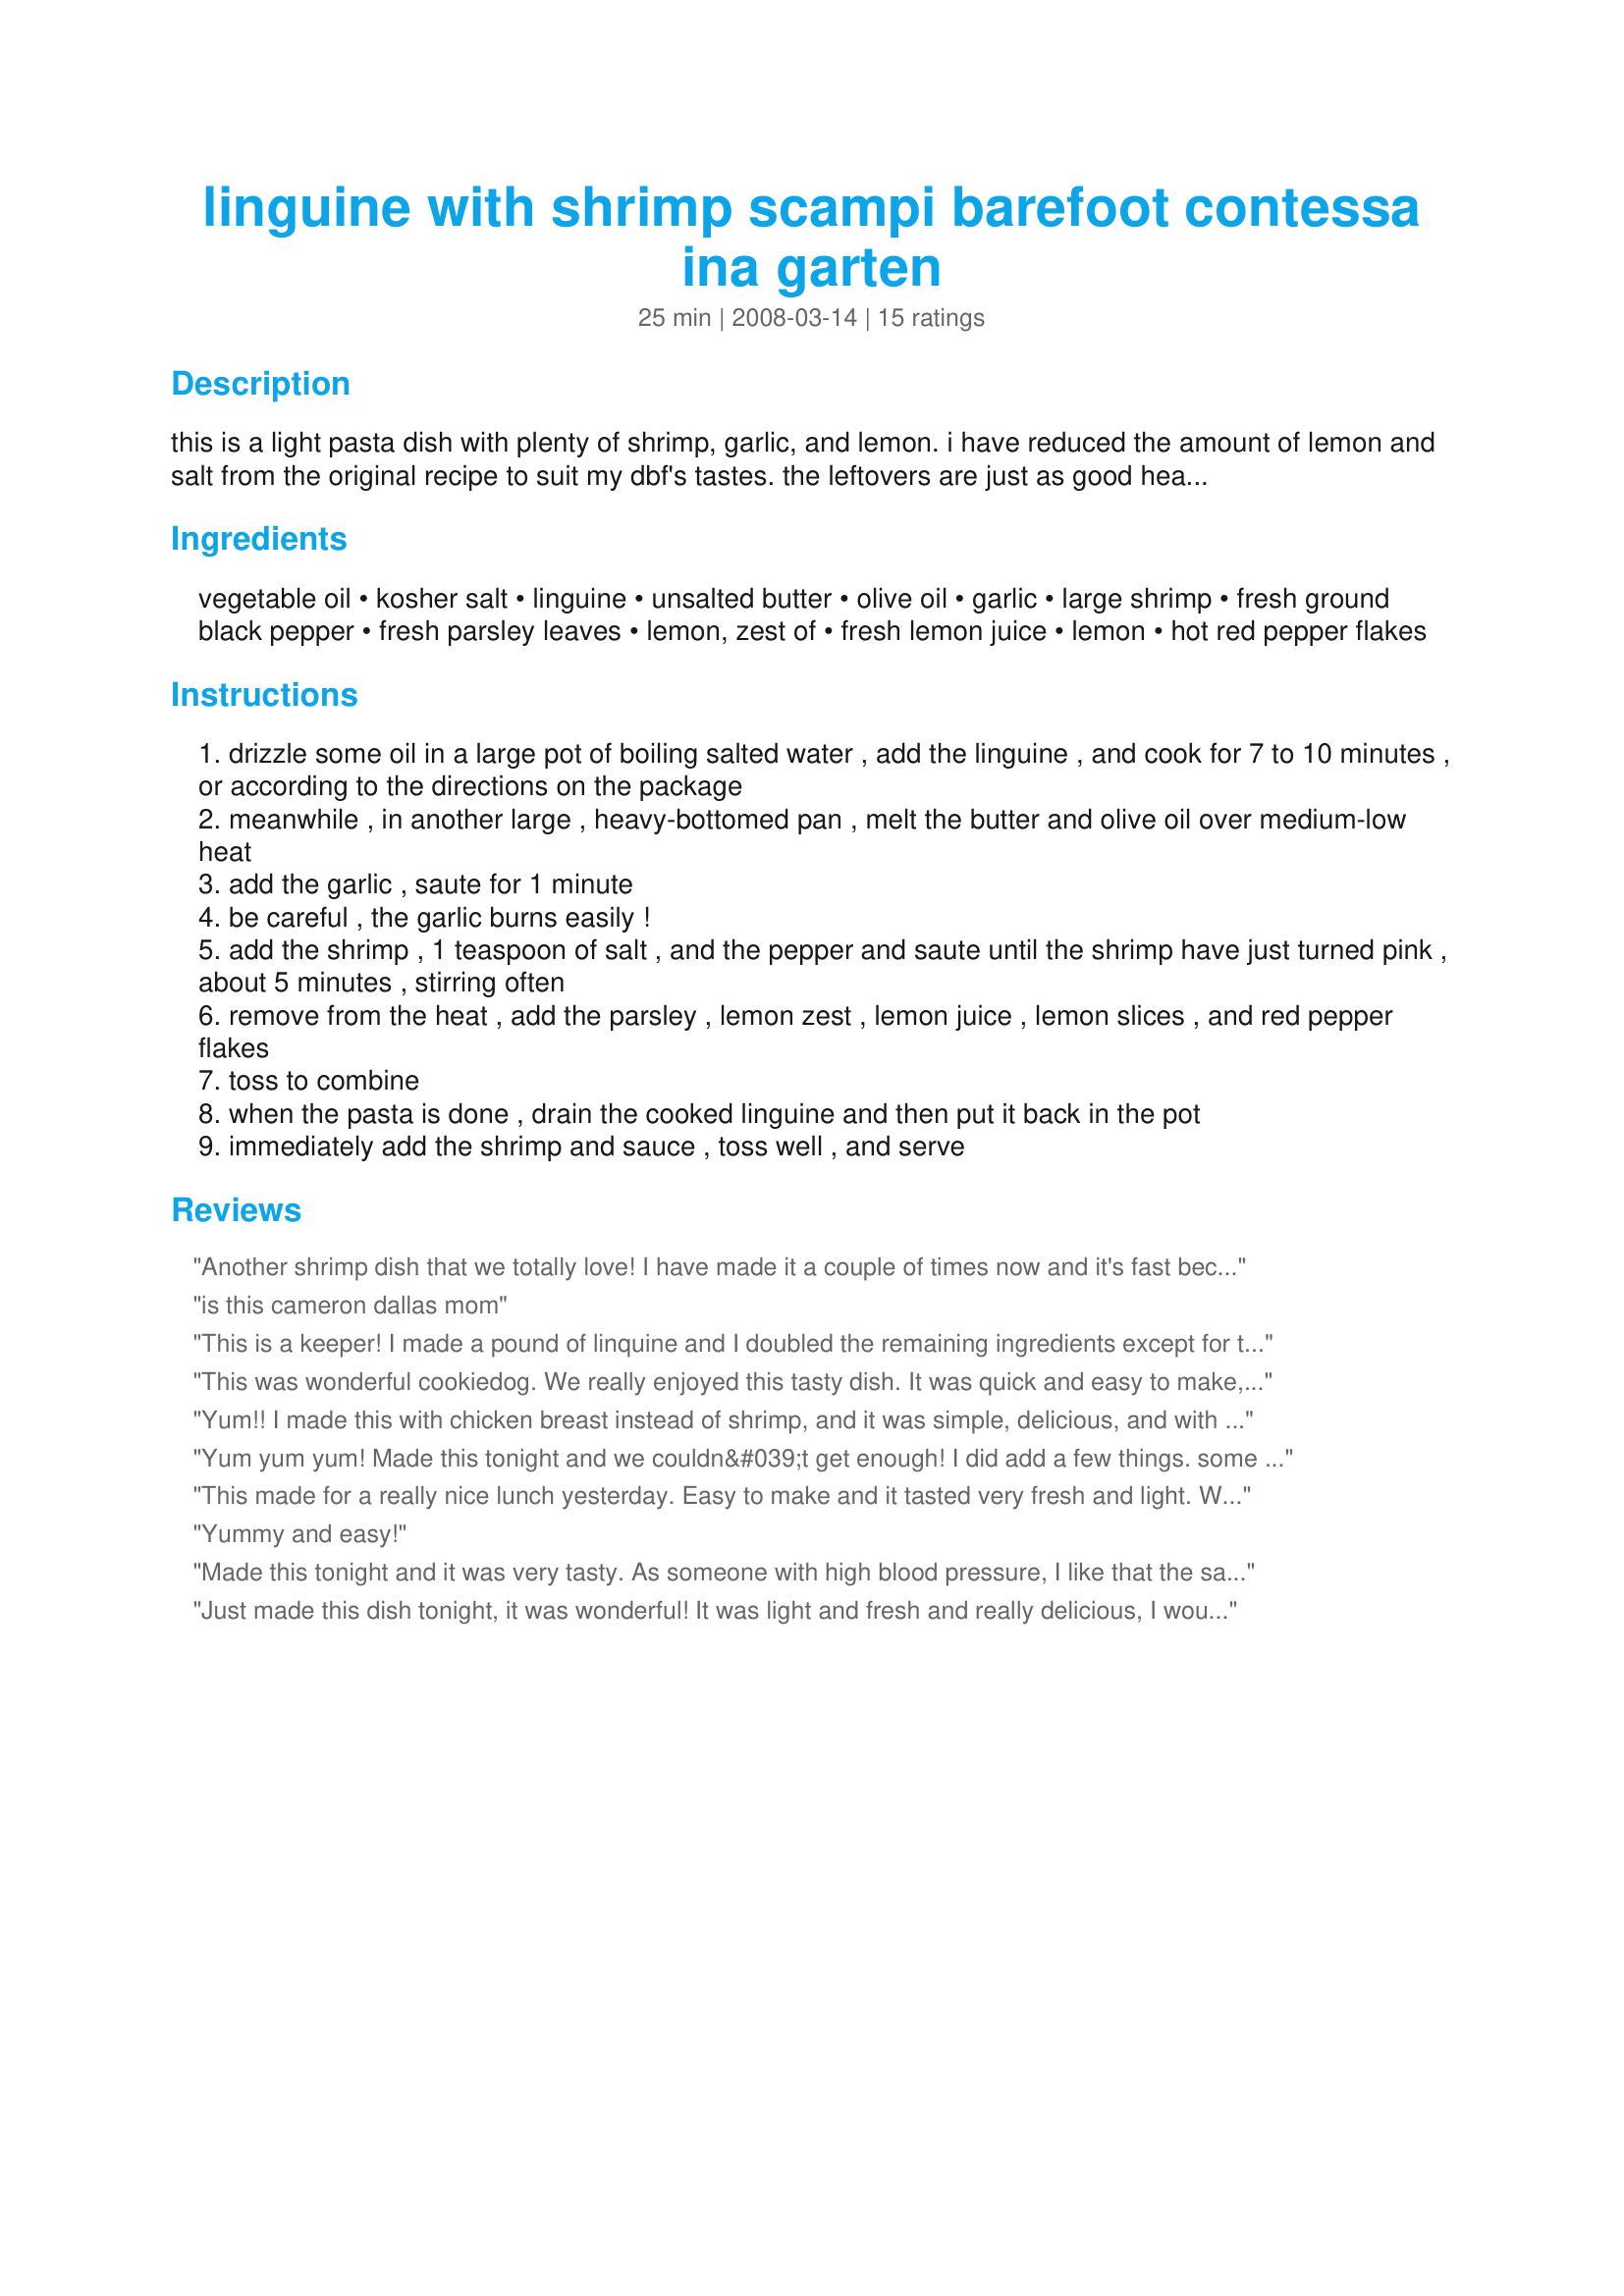
linguine with shrimp scampi barefoot contessa ina garten
Preparation time: 25 minutes

this is a light pasta dish with plenty of shrimp, garlic, and lemon. i have reduced the amount of lemon and salt from the original recipe to suit my dbf's tastes. the leftovers are just as good heated up in the microwave the next day.

Ingredients:
vegetable oil, kosher salt, linguine, unsalted butter, olive oil, garlic, large shrimp, fresh ground black pepper, fresh parsley leaves, lemon, zest of, fresh lemon juice, lemon, hot red pepper flakes

Steps:
drizzle some oil in a large pot of boiling salted water , add the linguine , and cook for 7 to 10 minutes , or according to the directions on the package
meanwhile , in another large , heavy-bottomed pan , melt the butter and olive oil over medium-low heat
add the garlic , saute for 1 minute
be careful , the garlic burns easily !
add the shrimp , 1 teaspoon of salt , and the pepper and saute until the shrimp have just turned pink , about 5 minutes , stirring often
remove from the heat , add the parsley , lemon zest , lemon juice , lemon slices , and red pepper flakes
toss to combine
when the pasta is done , drain the cooked linguine and then put it back in the pot
immediately add the shrimp and sauce , toss well , and serve

Reviews:
Another shrimp dish that we totally love! I have made it a couple of times now and it's fast becoming a favorite with DH and I!
is this cameron dallas mom
This is a keeper! I made a pound of linquine and I doubled the remaining ingredients except for the lemon wedges. I did add some white wine after saut&eacute;ing the garlic. And then followed the remaining recipe adding a handful of baby spinach when I added the pasley. Delicious!
This was wonderful cookiedog. We really enjoyed this tasty dish. It was quick and easy to make, but best of all it uses ingredients always found in the pantry. Thank you for sharing this excellent dish. The shrimp were perfectly cooked, tender and juicy, while the sauce was subtle and beautiful. Thanks for sharing a new family favorite.
Yum!! I made this with chicken breast instead of shrimp, and it was simple, delicious, and with ingredients I usually have on hand. We loved it! I used whole wheat spaghetti noodles, and only one tablespoon of butter. Thanks for posting!!!
Yum yum yum! Made this tonight and we couldn&#039;t get enough! I did add a few things. some basil and a few handfuls of spinach at the end for some veggies. This is definitely going in the permanent file!
This made for a really nice lunch yesterday. Easy to make and it tasted very fresh and light. We started making this only to realize we were out of linguine, so we used farfalle and it worked out fine. It is great with freshly grated Parmesan on top. Thanks for posting.
Yummy and easy!
Made this tonight and it was very tasty. As someone with high blood pressure, I like that the salt has been reduced in it. It was plenty salty, and I might cut the salt back even a bit more. As other reviewers have said, it needs more shrimp if you&#039;re serving my crew (two teenage boys and a husband) and white wine would probably add something nice to the sauce. I also added some peas for color and some veggies. You could probably add carrots or broccoli too..... Sprinkled Parmesan cheese on top also.
Just made this dish tonight, it was wonderful! It was light and fresh and really delicious, I would highly recommend. I adjusted it to suit our family, I added alittle more butter and olive oil and less lemon. It was a hit! My only recommendation would be to add another 1/2 lb. Of shrimp if you have shrimp lovers in your house.
This is my husband's favorite dish.
Easy and fast. Great for company as well.
I made this last night for my family and we all enjoyed it. I thought the shrimp were delicious and my daughter liked the pasta quite a bit. I did use bow tie pasta rather than linguine. My boyfriend is lactose intolerant so I used Smart Balance light "butter" rather than regular butter. I was concerned it might not cook just right, but it worked beautifully. Overall I thought the pasta needed something a little more in the way of sauce. It was lemony (and I like lemon) but thought it would be made much better with some Parmesan cheese. As a previous reviewer suggested I did use 1.5 lbs of shrimp and adjusted other measurements accordingly. I'll definitely make this again, but may fiddle with the sauce a bit next time, maybe adding some white wine.
Very approachable with the ingredients and so tasty. I added fresh basil leaves as well and a sprinkle of parmigiano reggiano. One additional ingredient was about a 1/4 cup of chardonnay before tossing the shrimp in the broth and letting them come to a soft pink stage. <br/><br/>Served with a caesar salad to which I added some sliced avocado and onion with shaved parmegiano regiano. Finished the bottle of chardonnay and it was the beginning of a great evening.
Absolutely delish! This is a wonderful shrimp scampi and very easy to make. My house smells so good when I'm making this!
Awesomely, awesome! A great scampi recipe, nice and light, not filled with a lot of fat but a lot of flavor. So easy to make, I used fresh linguine which made it a snap.
